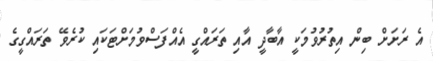
އެ ރަށަށް ބިން އިތުރުވުމަކީ އާބާދީ އާއި ތަރައްގީ އެއްފަސްވުމަށްޓަކައި ކުރެވޭ ތަރައްގީގެ